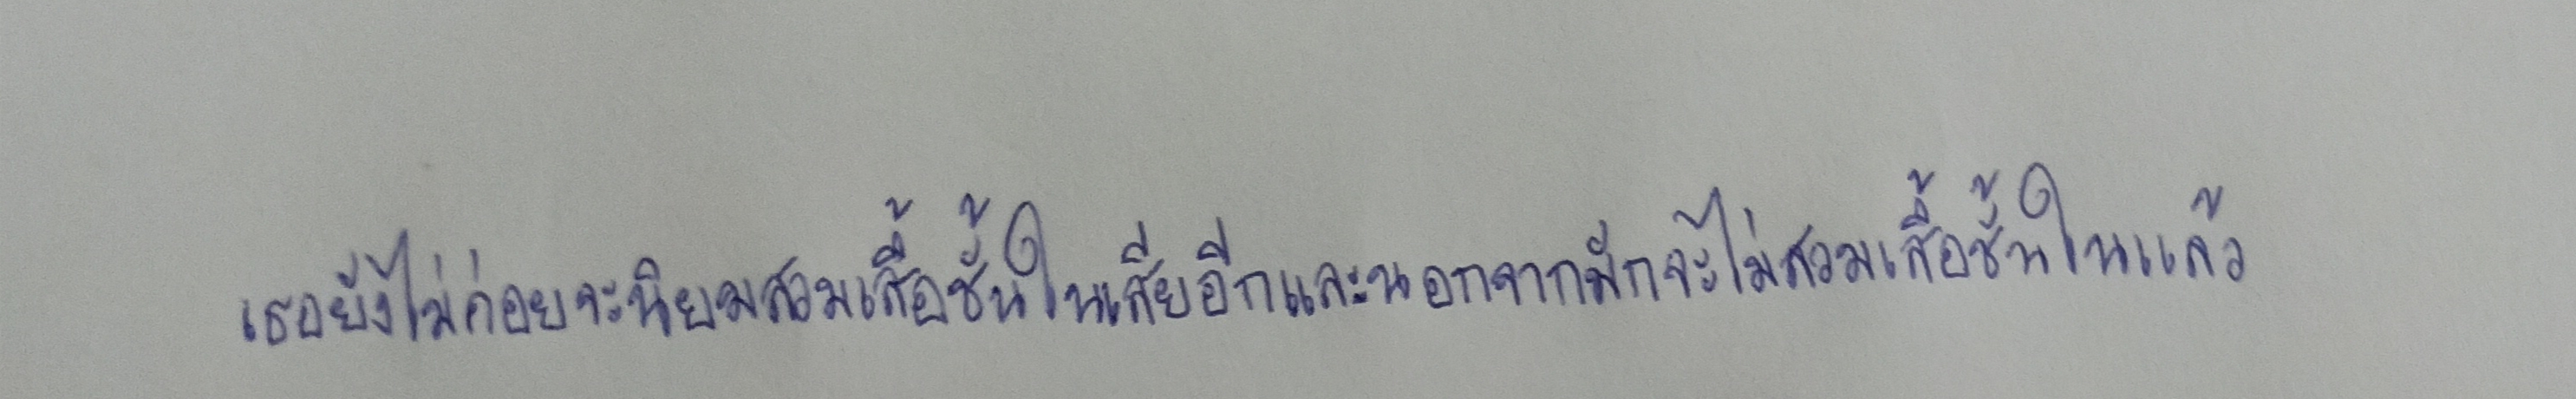
เธอยังไม่ค่อยจะนิยมสวมเสื้อชั้นในเสียอีกและนอกจากมักจะไม่สวมเสื้อชั้นในแล้ว